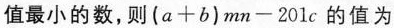
值最小的数，则$$(a+b)mn-201c$$的值为